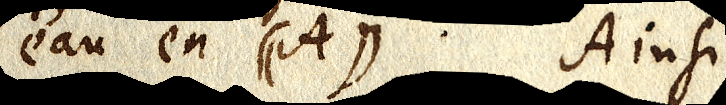
l’eau en ((A)). Ainsi